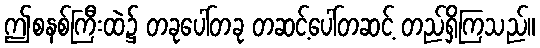
ဤစနစ်ကြီးထဲ၌ တခုပေါ်တခု တဆင့်ပေါ်တဆင့် တည်ရှိကြသည်။